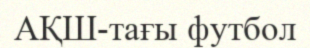
АҚШ-тағы футбол